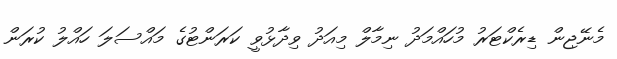
މެނޭޖިން ޑިރެކްޓަރު މުހައްމަދު ނިމާލް މިއަދު ވިދާޅުވީ ކަރަންޓުގެ މައްސަލަ ހައްލު ކުރަން